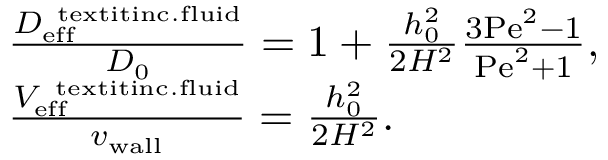
\begin{array} { r l } & { \frac { D _ { \mathrm { e f f } } ^ { \mathrm { \ t e x t i t { i n c . f l u i d } } } } { D _ { 0 } } = 1 + \frac { h _ { 0 } ^ { 2 } } { 2 H ^ { 2 } } \frac { 3 \mathrm { P e } ^ { 2 } - 1 } { \mathrm { P e } ^ { 2 } + 1 } , } \\ & { \frac { V _ { \mathrm { e f f } } ^ { \mathrm { \ t e x t i t { i n c . f l u i d } } } } { { v _ { \mathrm { w a l l } } } } = \frac { h _ { 0 } ^ { 2 } } { 2 H ^ { 2 } } . } \end{array}